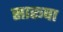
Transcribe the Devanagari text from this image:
सारूपा